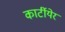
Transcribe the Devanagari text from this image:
कार्टीयेर